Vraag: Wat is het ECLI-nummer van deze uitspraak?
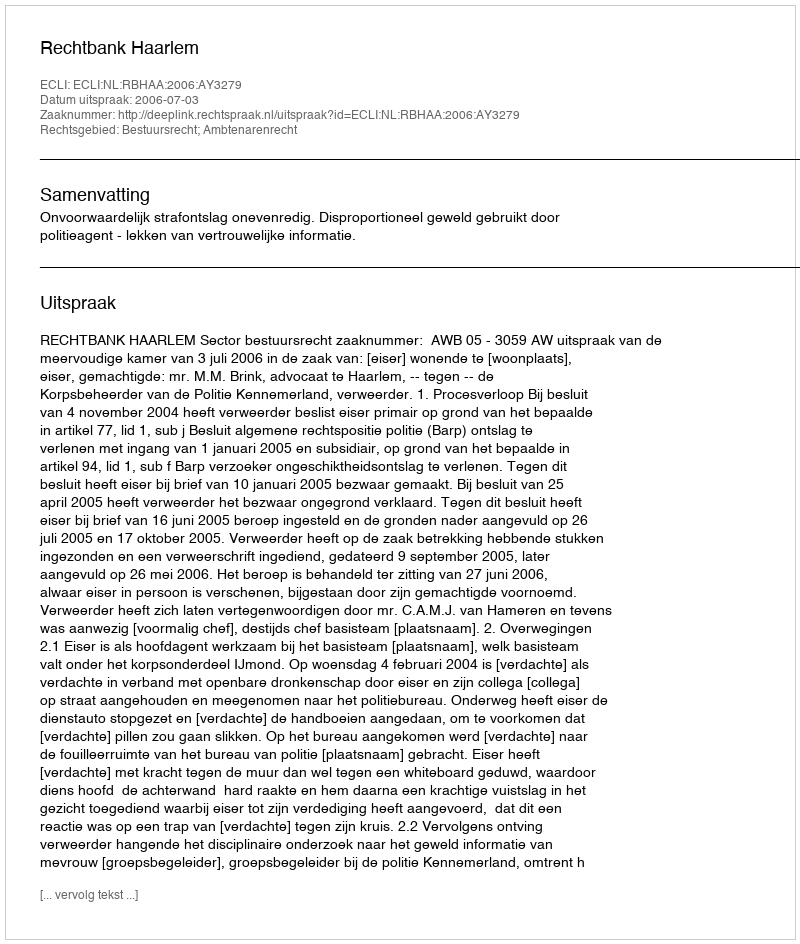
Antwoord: ECLI:NL:RBHAA:2006:AY3279